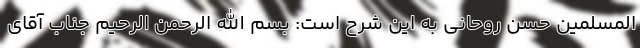
المسلمین حسن روحانی به این شرح است: بسم الله الرحمن الرحیم جناب آقای